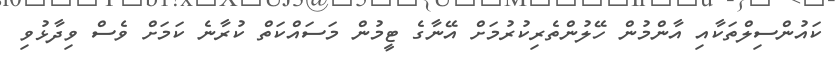
ކައުންސިލްތަކާއި އާންމުން ހޭލުންތެރިކުރުމަށް އޭނާގެ ޓީމުން މަސައްކަތް ކުރާނެ ކަމަށް ވެސް ވިދާޅުވި